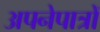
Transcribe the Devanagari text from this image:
अपनेपात्रों